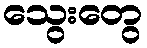
သွေးတွေ